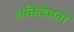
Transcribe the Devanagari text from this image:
शक्तिदेवता